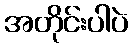
အတိုင်းပါပဲ